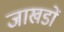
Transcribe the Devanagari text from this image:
जाखडों